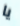
يا